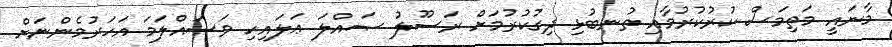
މާނައީ މަތިމަސް ކުރުކުރުމާއި ތުނބުޅި ދިގުކުރުމަށް ރަސޫލު ޞައްލަ ޢަލައިހި ވަސައްލަމަ އަހަރުމެންނަށް